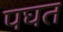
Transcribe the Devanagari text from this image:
पघत